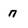
Character: n